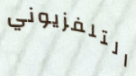
التلفزيوني